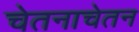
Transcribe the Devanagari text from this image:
चेतनाचेतन